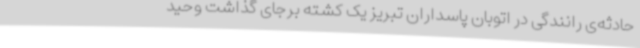
حادثه‌ی رانندگی در اتوبان پاسداران تبریز یک کشته برجای گذاشت وحید